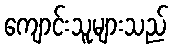
ကျောင်းသူများသည်